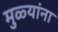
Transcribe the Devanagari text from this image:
मुळ्यांना